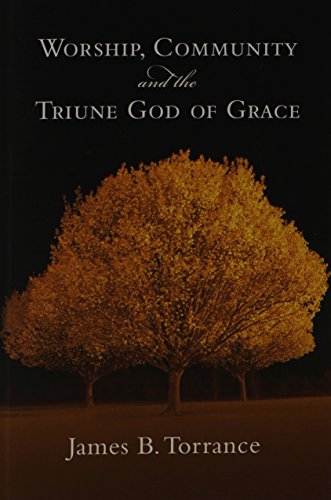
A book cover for Worship, Community and the Triune God of Grace; James B. Torrance; Christian Books & Bibles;